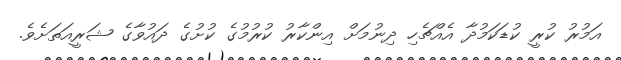
އަމުރު ކުރީ ކުޑަކަމުދާ އެއްޗެހި ދިނުމަށް އިންކާރު ކުރުމުގެ ކުށުގެ ދައުވާގެ ޝަރީއަތަށެވެ.